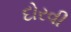
દોરવી